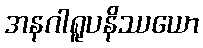
အနဂါရူပနိဿယော